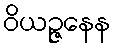
ဝိယဉ္ဇနေန